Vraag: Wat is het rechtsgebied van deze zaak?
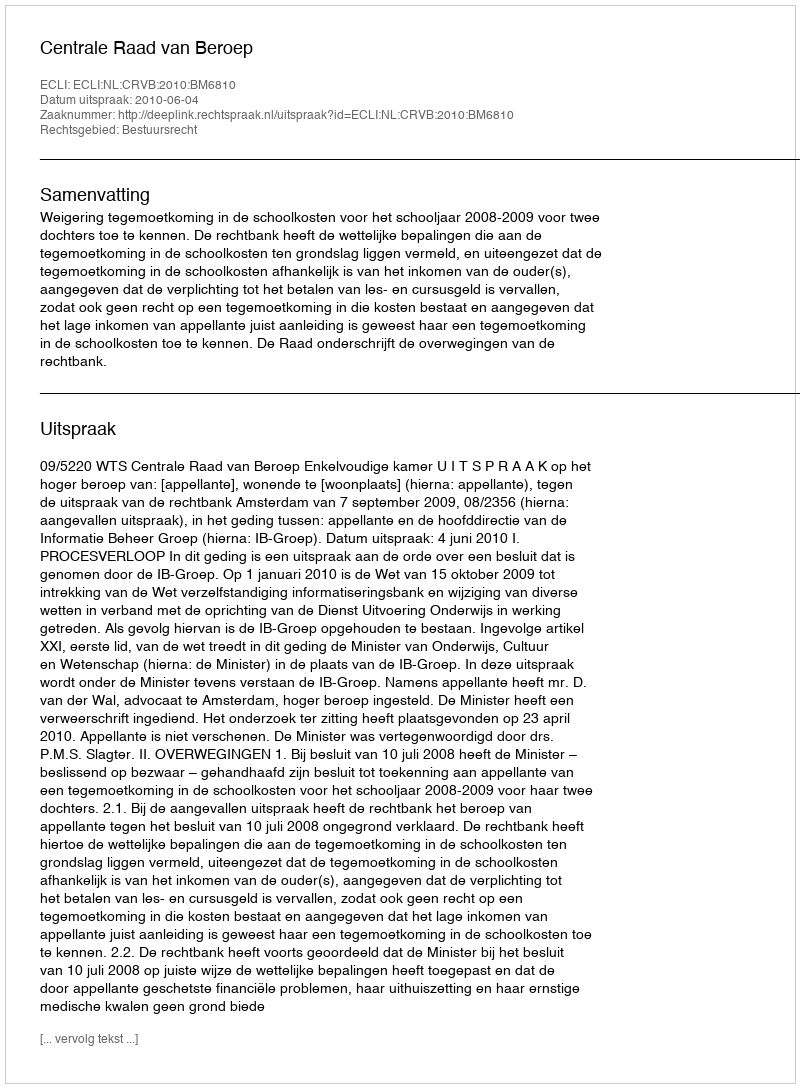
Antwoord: Bestuursrecht